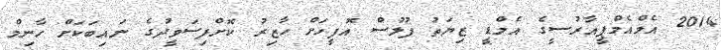
2014 އެމްއެމްޕީއާރުސީގެ އެމްޑީ ޒިޔަތު ފުލުސް އޮފީހަށް ހާޒިރު ކޮށްފިސަވީދުގެ ނައިބަކަށް ހާނިމް